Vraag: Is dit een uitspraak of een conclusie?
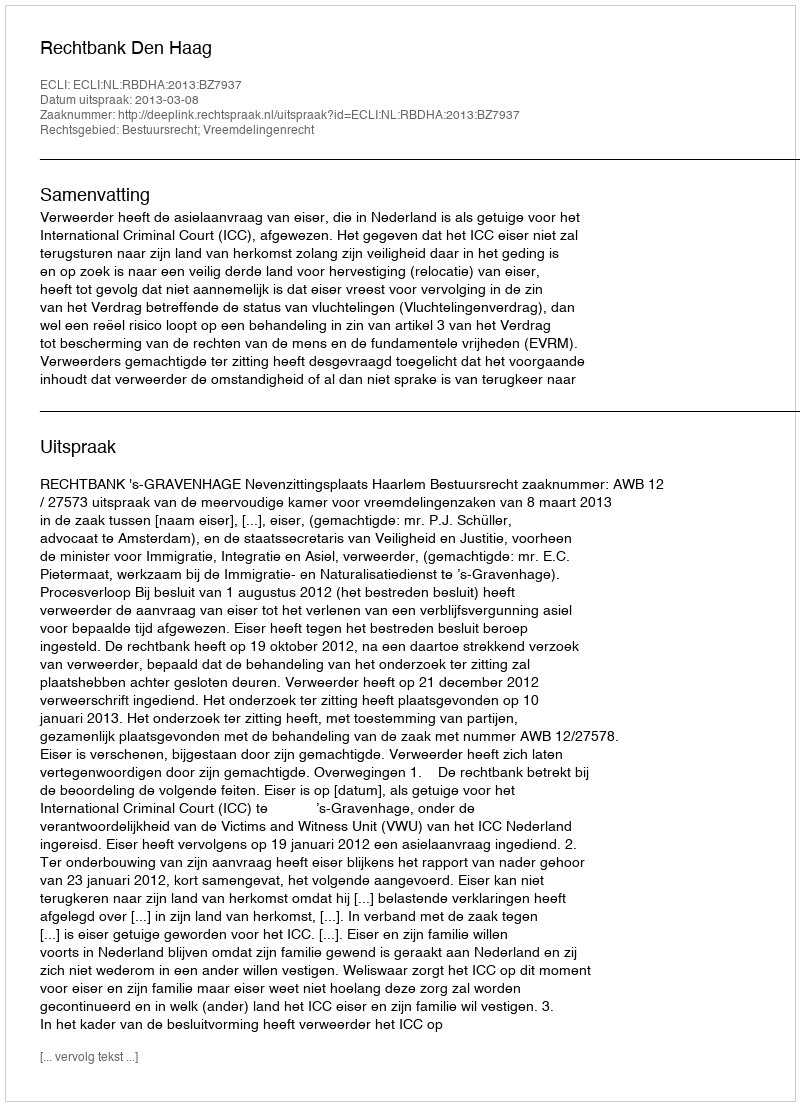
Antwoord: Uitspraak